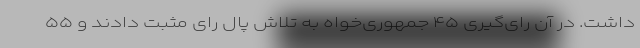
داشت. در آن رای‌گیری ۴۵ جمهوری‌خواه به تلاش پال رای مثبت دادند و ۵۵